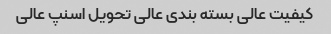
کیفیت عالی بسته بندی عالی تحویل اسنپ عالی